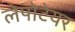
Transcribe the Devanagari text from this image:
लेपोटेयर